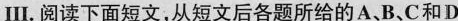
Ⅲ.阅读下面短文,从短文后各题所给的A、B、C和D